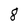
Character: 8